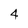
Character: 4